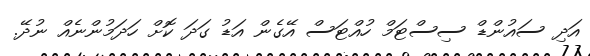
އަދި ސައުންޑް ސިސްޓަމް ހުއްޓަސް އޭގެން އަޑު ގަދަ ކޮށް ހަދަމުންނެއް ނުދޭ.